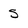
Character: 5